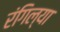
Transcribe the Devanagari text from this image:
रंगिल्या